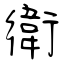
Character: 衛